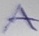
Text: A